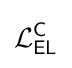
{\mathcal {L}}_{\textsf {EL}}^{\textsf {C}}